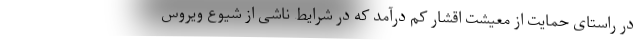
در راستای حمایت از معیشت اقشار کم درآمد که در شرایط ناشی از شیوع ویروس